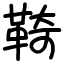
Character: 䩭